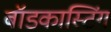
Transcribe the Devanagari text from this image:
बॉडकास्टिंग